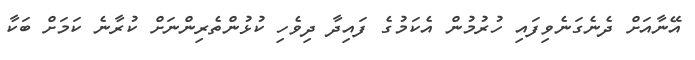
އޭނާއަށް ދެނެގަނެވިފައި ހުރުމުން އެކަމުގެ ފައިދާ ދިވެހި ކުޅުންތެރިންނަށް ކުރާނެ ކަމަށް ބަކާ